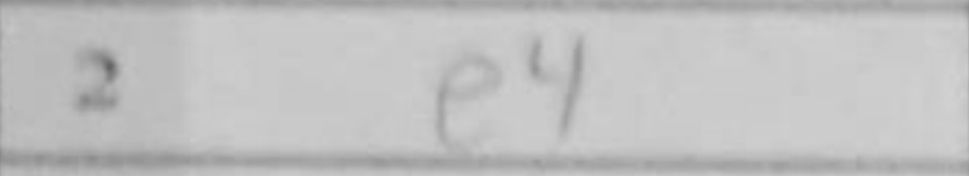
Transcription: e4